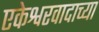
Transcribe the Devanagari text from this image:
एकेश्वरवादाच्या